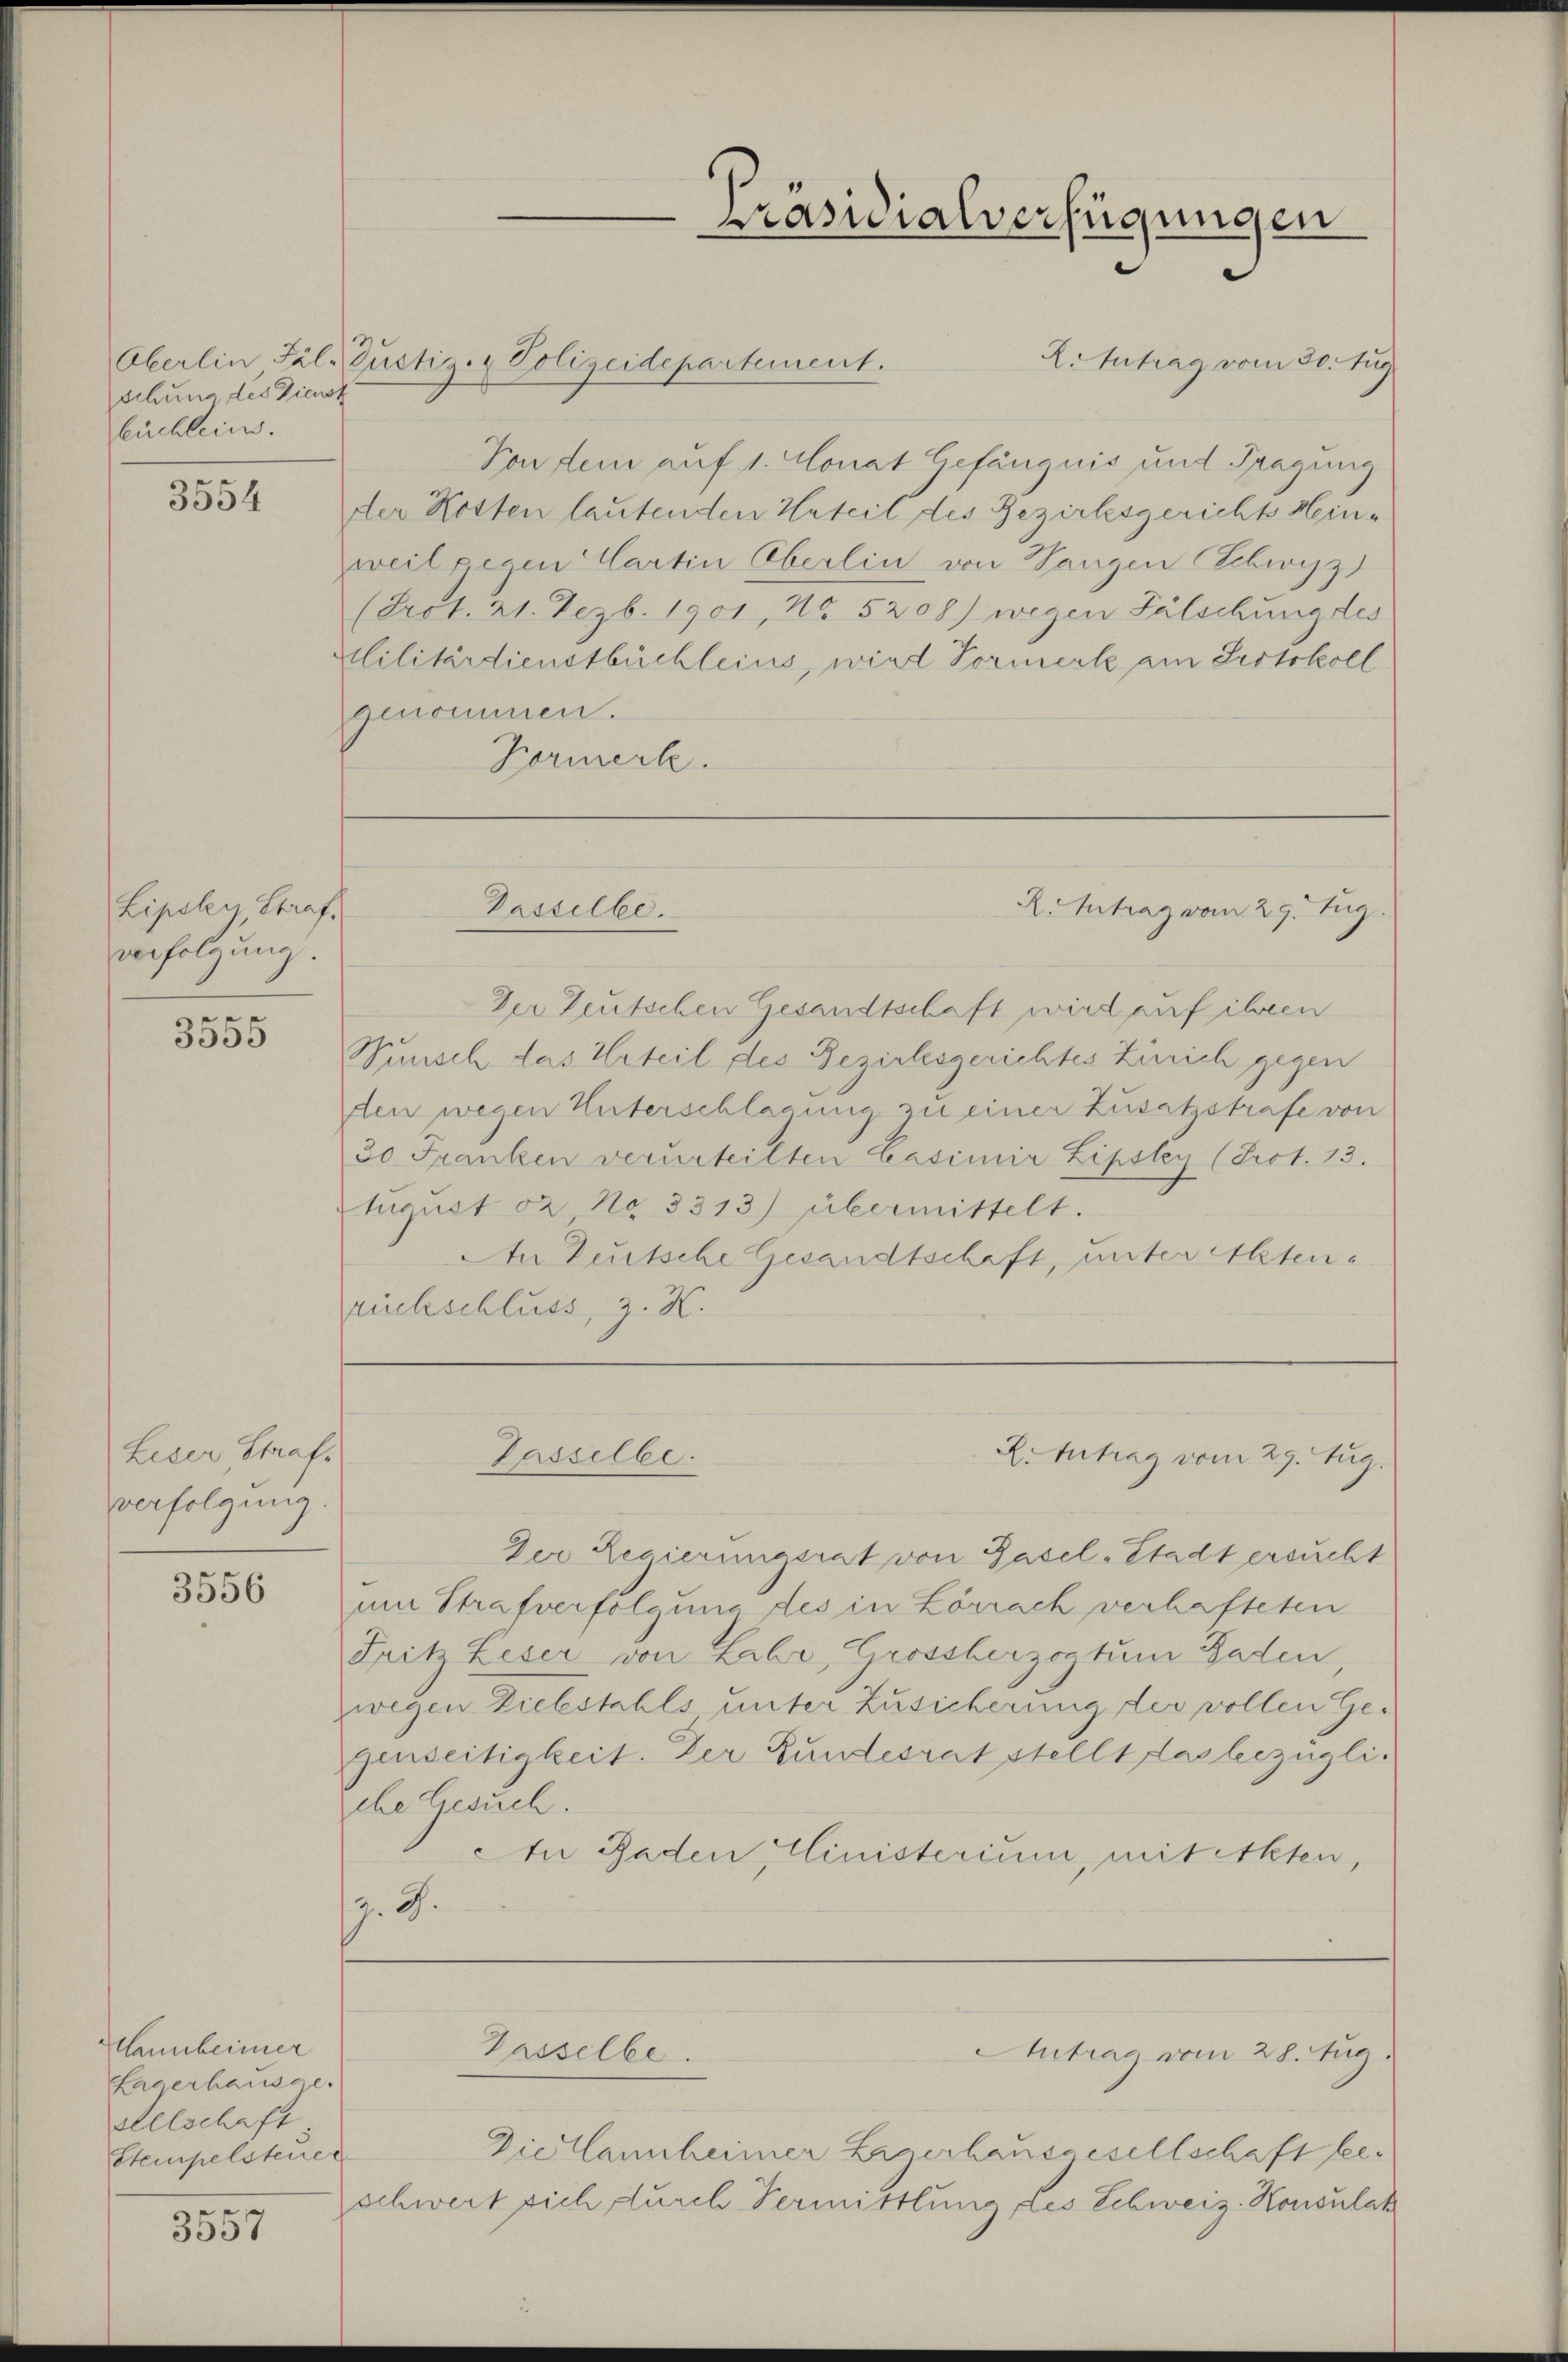
schung des Dienst
büchlein.

3554

Lipslen Straf.
verfolgung.

3555

Leser Straf.
verfolgung.

3556

Hanbeiner
Laterhausge
Welschaft
Stempelsteuer

3557

Oberlin Fil. Pustiz- & Polizeidepartement.
X. Antrag vom 30. Aug
Von dem auf 1. Monat Gefängnis und Fragung
der Kosten lautenden Urteil des Bezirksgericht Hin¬
Zweit gegen Cartin Oberlin von Tangen Schwyz)
(Prot. 21. Dezb. 1901, No 5208) wegen Fälschung des
Militärdienstbüchleins, wird Vormerk am Protokoll
genommen.
Kormerk.

Der Teutschen Gesandtschaft wird auf ihren
Wunsch das Urteil des Bezirksgerichtes Zürich gegen
den wegen Unterschlagung zu einer Zusatzstrafe von
30 Franken verurteilten Casimir Lipsley (Prot. 13.
Eugust 2 No 3313) übermittelt.
An Deutsche Gesandtschaft, unter Aktenrückschluss, z. K.

Dasselbe.

Tasselbe.

Gasselbe.

Präsidialverfügungen

R. Antrag vom 29. Zug.

Der Regierungsrat von Gasel-Stadt ersucht
um Strafverfolgung des in Lörrack verhafteten
Fritz Leser von Lahr, Grossberzogtum Baden
zwegen Diebstahls unter Zusicherung der vollen Gegenseitigkeit. Der Bundesrat stellt das bezügliche Gesuch.
An Baden Ministerium, mit Akten,
Z. G.

X. Antrag vom 29. Aug.

Die lannheimer Lizerhausgesellschaft beschwert sich durch Vermittlung des Schweiz. Konsulat

Antrag vom 28. Aug.